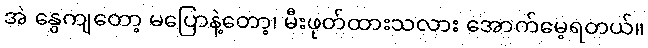
အဲ နွေကျတော့ မပြောနဲ့တော့၊ မီးဖုတ်ထားသလား အောက်မေ့ရတယ်။